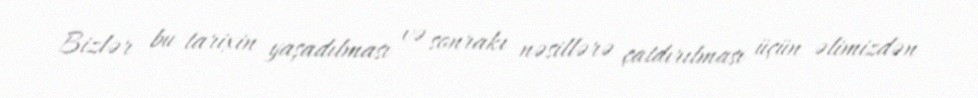
Bizlər bu tarixin yaşadılması və sonrakı nəsillərə çatdırılması üçün əlimizdən